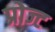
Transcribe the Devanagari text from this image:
प्रोज्ट